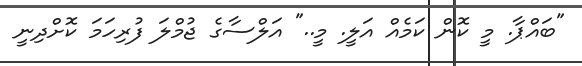
"ބައްޕާ. މީ ކޮން ކަމެއް އަލީ. މީ.." އަލްސާގެ ޖުމްލަ ފުރިހަމަ ކޮށްދިނީ